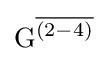
\mathrm {G} ^{\overline {(2-4)}}